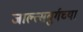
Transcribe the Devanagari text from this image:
जाल्त्सबुर्गच्या